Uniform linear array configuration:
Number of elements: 12
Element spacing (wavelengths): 1
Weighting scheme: hamming
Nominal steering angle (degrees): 60
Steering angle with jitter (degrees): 58.624
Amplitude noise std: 0.05
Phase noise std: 0.05

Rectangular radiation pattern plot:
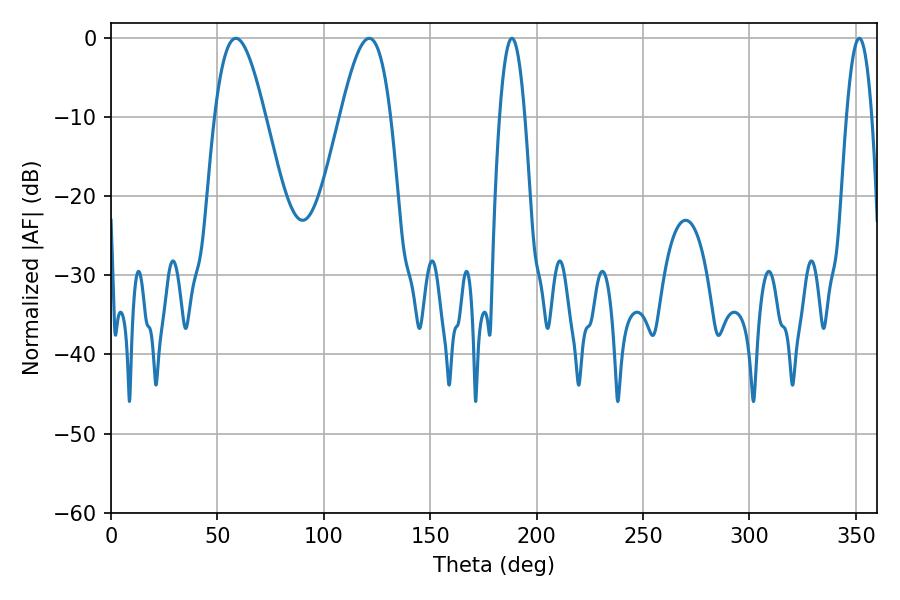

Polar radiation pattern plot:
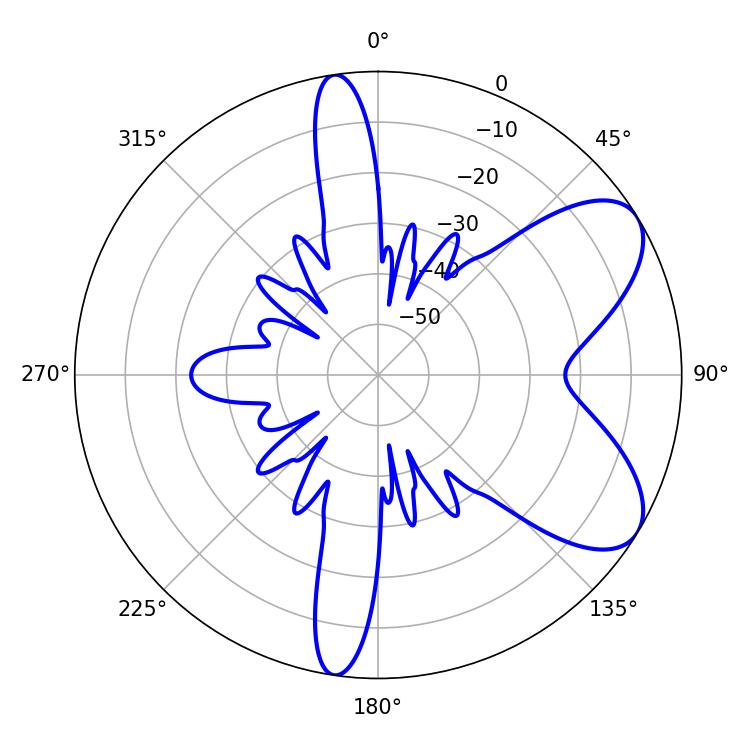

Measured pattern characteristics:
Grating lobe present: TRUE
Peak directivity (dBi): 7.149
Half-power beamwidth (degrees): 12.78
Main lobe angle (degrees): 58.68